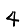
Digit: 4